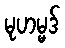
မုဟမ္မဒ်